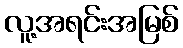
လူ့အရင်းအမြစ်